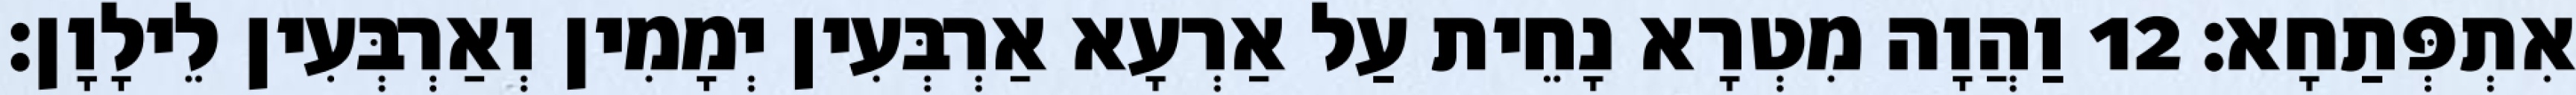
אִתְפְּתַחָא׃ 12 וַהֲוָה מִטְרָא נָחֵית עַל אַרְעָא אַרְבְּעִין יְמָמִין וְאַרְבְּעִין לֵילָוָן׃